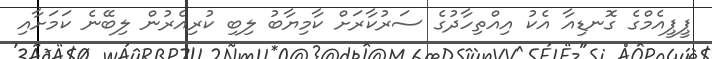
ޕީޕީއެމްގެ ގޮނޑިއާ އެކު އިއްތިހާދުގެ ސަރުކާރަށް ކާމިޔާބު ލިބި ކުރިއެރުން ލިބޭނެ ކަމަށާއި